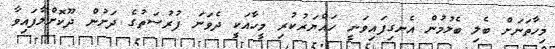
މިހާތަނަށް ބެލި ބެލުމުން އެނގިފައިވަނީ ހައްޔަރުކުރި މީހާއަކީ ދެވަނަ ފުރުސަތުގެ ދަށުން ދޫކޮށްލާފައިވާ